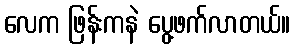
လေက ဖြန်းကနဲ ပွေ့ဖက်လာတယ်။